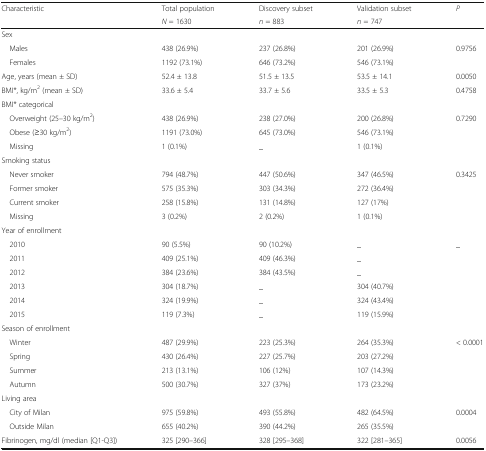
<table><thead><tr><td rowspan="2"><b>Characteristic</b></td><td><b>Total population</b></td><td><b>Discovery subset</b></td><td><b>Validation subset</b></td><td rowspan="2"><b><i>P</i></b></td></tr><tr><td><b><i>N</i> = 1630</b></td><td><b><i>n</i> = 883</b></td><td><b><i>n</i> = 747</b></td></tr></thead><tbody><tr><td colspan="5">Sex</td></tr><tr><td> Males</td><td>438 (26.9%)</td><td>237 (26.8%)</td><td>201 (26.9%)</td><td rowspan="2">0.9756</td></tr><tr><td> Females</td><td>1192 (73.1%)</td><td>646 (73.2%)</td><td>546 (73.1%)</td></tr><tr><td>Age, years (mean ± SD)</td><td>52.4 ± 13.8</td><td>51.5 ± 13.5</td><td>53.5 ± 14.1</td><td>0.0050</td></tr><tr><td>BMI*, kg/m<sup>2</sup> (mean ± SD)</td><td>33.6 ± 5.4</td><td>33.7 ± 5.6</td><td>33.5 ± 5.3</td><td>0.4758</td></tr><tr><td colspan="5">BMI* categorical</td></tr><tr><td> Overweight (25–30 kg/m<sup>2</sup>)</td><td>438 (26.9%)</td><td>238 (27.0%)</td><td>200 (26.8%)</td><td rowspan="3">0.7290</td></tr><tr><td> Obese (≥30 kg/m<sup>2</sup>)</td><td>1191 (73.0%)</td><td>645 (73.0%)</td><td>546 (73.1%)</td></tr><tr><td> Missing</td><td>1 (0.1%)</td><td>_</td><td>1 (0.1%)</td></tr><tr><td colspan="5">Smoking status</td></tr><tr><td> Never smoker</td><td>794 (48.7%)</td><td>447 (50.6%)</td><td>347 (46.5%)</td><td rowspan="4">0.3425</td></tr><tr><td> Former smoker</td><td>575 (35.3%)</td><td>303 (34.3%)</td><td>272 (36.4%)</td></tr><tr><td> Current smoker</td><td>258 (15.8%)</td><td>131 (14.8%)</td><td>127 (17%)</td></tr><tr><td> Missing</td><td>3 (0.2%)</td><td>2 (0.2%)</td><td>1 (0.1%)</td></tr><tr><td colspan="5">Year of enrollment</td></tr><tr><td> 2010</td><td>90 (5.5%)</td><td>90 (10.2%)</td><td>_</td><td rowspan="6">_</td></tr><tr><td> 2011</td><td>409 (25.1%)</td><td>409 (46.3%)</td><td>_</td></tr><tr><td> 2012</td><td>384 (23.6%)</td><td>384 (43.5%)</td><td>_</td></tr><tr><td> 2013</td><td>304 (18.7%)</td><td>_</td><td>304 (40.7%)</td></tr><tr><td> 2014</td><td>324 (19.9%)</td><td>_</td><td>324 (43.4%)</td></tr><tr><td> 2015</td><td>119 (7.3%)</td><td>_</td><td>119 (15.9%)</td></tr><tr><td colspan="5">Season of enrollment</td></tr><tr><td> Winter</td><td>487 (29.9%)</td><td>223 (25.3%)</td><td>264 (35.3%)</td><td rowspan="4">&lt; 0.0001</td></tr><tr><td> Spring</td><td>430 (26.4%)</td><td>227 (25.7%)</td><td>203 (27.2%)</td></tr><tr><td> Summer</td><td>213 (13.1%)</td><td>106 (12%)</td><td>107 (14.3%)</td></tr><tr><td> Autumn</td><td>500 (30.7%)</td><td>327 (37%)</td><td>173 (23.2%)</td></tr><tr><td colspan="5">Living area</td></tr><tr><td> City of Milan</td><td>975 (59.8%)</td><td>493 (55.8%)</td><td>482 (64.5%)</td><td rowspan="2">0.0004</td></tr><tr><td> Outside Milan</td><td>655 (40.2%)</td><td>390 (44.2%)</td><td>265 (35.5%)</td></tr><tr><td>Fibrinogen, mg/dl (median [Q1-Q3])</td><td>325 [290–366]</td><td>328 [295–368]</td><td>322 [281–365]</td><td>0.0056</td></tr></tbody></table>